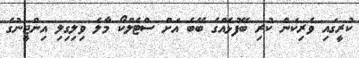
ކުރީގައި ވެރިކަން ކުރި ބޭފުޅެއްގެ ބޭބެ އަށް ސްޓެލްކޯ މާލެ ވިލިގިލި އިންޖީނުގެ